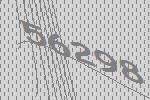
56298